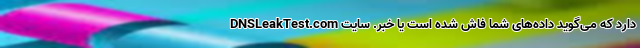
دارد که می‌گوید داده‌های شما فاش شده است یا خبر. سایت DNSLeakTest.com